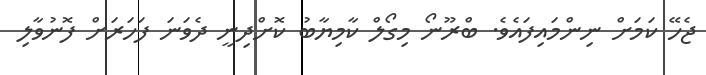
ޖެހޭ ކަމަށް ނިންމައިފައެވެ. ބްރޫނޯ މިގޯލް ކާމިޔާބު ކޮށްދިނީ ދެވަނަ ފަހަރަށް ފޮނުވާލި